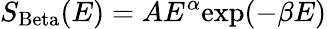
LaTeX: S_{\mathrm{Beta}}(E)=AE^{\alpha}\mathrm{exp}(-\beta E)